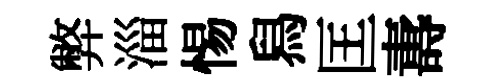
弊淄惕舄匡夀